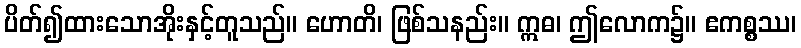
ပိတ်၍ထားသောအိုးနှင့်တူသည်။ ဟောတိ၊ ဖြစ်သနည်း။ ဣဓ၊ ဤလောက၌။ ဧကစ္စဿ၊